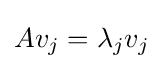
Av_{j}=\lambda _{j}v_{j}